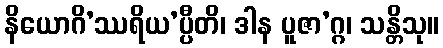
နိယောဂိ’ဿရိယ’ပ္ပီတိ၊ ဒါန ပူဇာ’ဂ္ဂ၊ သန္တိသု။